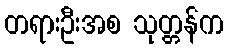
တရားဦးအစ သုတ္တန်က